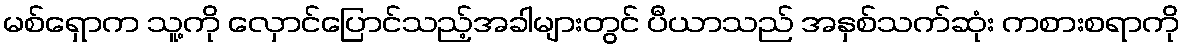
မစ်ရှောက သူ့ကို လှောင်ပြောင်သည့်အခါများတွင် ပီယာသည် အနှစ်သက်ဆုံး ကစားစရာကို